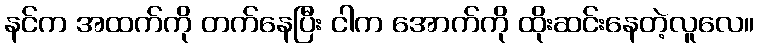
နင်က အထက်ကို တက်နေပြီး ငါက အောက်ကို ထိုးဆင်းနေတဲ့လူလေ။